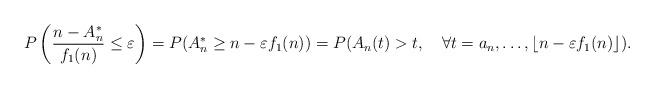
LaTeX: \begin{align*}P\left(\frac{n-A_n^*}{f_1(n)}\leq\varepsilon\right)=P(A_n^*\geq n-\varepsilon f_1(n))=P(A_n(t)>t,\quad\forall t=a_n,\ldots,\lfloor n-\varepsilon f_1(n)\rfloor).\end{align*}